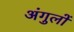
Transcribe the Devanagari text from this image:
अंगुलों